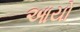
આયો